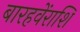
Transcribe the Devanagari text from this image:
बारहवेंराशि